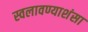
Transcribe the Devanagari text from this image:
स्वलावण्याशंसा